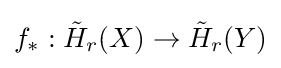
f_{*}:{\tilde {H}}_{r}(X)\to {\tilde {H}}_{r}(Y)